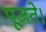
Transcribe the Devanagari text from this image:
पूजते।